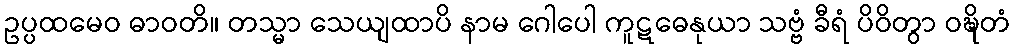
ဥပ္ပထမေဝ ဓာဝတိ။ တသ္မာ သေယျထာပိ နာမ ဂေါပေါ ကူဋဓေနုယာ သဗ္ဗံ ခီရံ ပိဝိတွာ ဝဍ္ဎိတံ